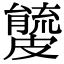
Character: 𥀧